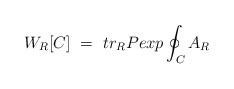
LaTeX: \begin{align*}W_R [C]~=~ tr_R Pexp \oint_C A_R \end{align*}